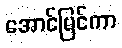
အောင်မြင်ကာ